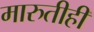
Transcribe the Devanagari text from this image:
मारुतीही